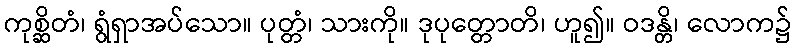
ကုစ္ဆိတံ၊ ရွံရှာအပ်သော။ ပုတ္တံ၊ သားကို။ ဒုပုတ္တောတိ၊ ဟူ၍။ ဝဒန္တိ၊ လောက၌